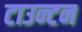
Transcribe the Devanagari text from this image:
टाउन्टन